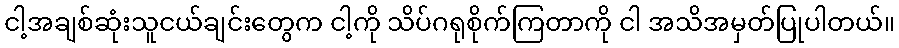
ငါ့အချစ်ဆုံးသူငယ်ချင်းတွေက ငါ့ကို သိပ်ဂရုစိုက်ကြတာကို ငါ အသိအမှတ်ပြုပါတယ်။